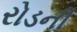
રોડની